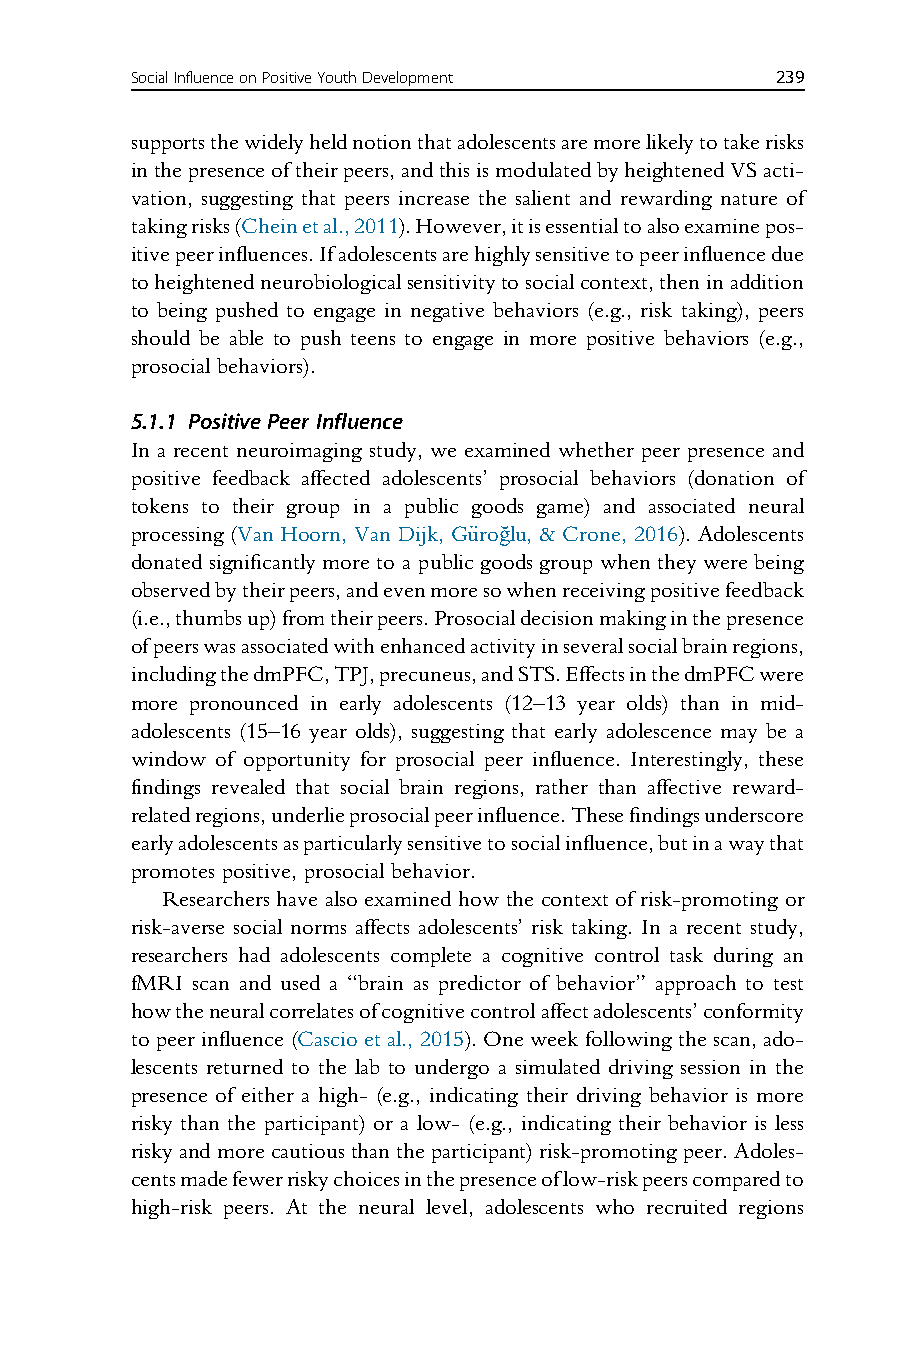
SocialInfluenceonPositiveYouthDevelopment 239
 supportsthewidelyheldnotionthatadolescentsaremorelikelytotakerisks
 inthepresenceoftheirpeers,andthisismodulatedbyheightenedVSacti-
 vation, suggesting that peers increase the salient and rewarding nature of
 takingrisks(Cheinetal.,2011).However,itisessentialtoalsoexaminepos-
 itivepeerinfluences.Ifadolescentsarehighlysensitivetopeerinfluencedue
 toheightenedneurobiologicalsensitivitytosocialcontext,theninaddition
 to being pushed to engage in negative behaviors (e.g., risk taking), peers
 should be able to push teens to engage in more positive behaviors (e.g.,
 prosocial behaviors).
 5.1.1 Positive Peer Influence
 In a recent neuroimaging study, we examined whether peer presence and
 positive feedback affected adolescents’ prosocial behaviors (donation of
 tokens to their group in a public goods game) and associated neural
 processing (Van Hoorn, Van Dijk, Gu€roğlu, & Crone, 2016). Adolescents
 donated significantly more to a public goods group when they were being
 observedbytheirpeers,andevenmoresowhenreceivingpositivefeedback
 (i.e.,thumbsup)fromtheirpeers.Prosocialdecisionmakinginthepresence
 ofpeerswasassociatedwithenhancedactivityinseveralsocialbrainregions,
 includingthedmPFC,TPJ,precuneus,andSTS.EffectsinthedmPFCwere
 more pronounced in early adolescents (12–13 year olds) than in mid-
 adolescents (15–16 year olds), suggesting that early adolescence may be a
 window of opportunity for prosocial peer influence. Interestingly, these
 findings revealed that social brain regions, rather than affective reward-
 relatedregions,underlieprosocialpeerinfluence.Thesefindingsunderscore
 earlyadolescentsasparticularlysensitivetosocialinfluence,butinawaythat
 promotes positive, prosocial behavior.
 Researchers have also examined how the context of risk-promoting or
 risk-averse social norms affects adolescents’ risk taking. In a recent study,
 researchers had adolescents complete a cognitive control task during an
 fMRI scan and used a “brain as predictor of behavior” approach to test
 howtheneuralcorrelatesofcognitivecontrolaffectadolescents’conformity
 to peer influence (Cascio et al., 2015). One week following the scan, ado-
 lescents returned to the lab to undergo a simulated driving session in the
 presence of either a high- (e.g., indicating their driving behavior is more
 risky than the participant) or a low- (e.g., indicating their behavior is less
 riskyandmorecautiousthantheparticipant)risk-promotingpeer.Adoles-
 centsmadefewerriskychoicesinthepresenceoflow-riskpeerscomparedto
 high-risk peers. At the neural level, adolescents who recruited regions